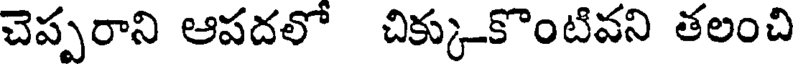
చెప్పరాని ఆపదలో చిక్కుకొంటివని తలంచి